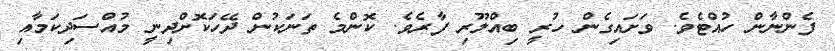
ފެންނާން ހުއްޓެވެ. ވަށައިގެން ހުރީ ބިއްލޫރި ފާރެވެ. ކޮންމެ ތަނަކުން ދޭހަކޮށްދިނީ މުއްސަދިކަމާއި